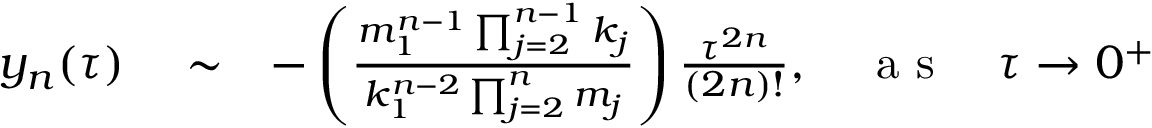
\begin{array} { r l r } { y _ { n } ( \tau ) } & { { } \sim } & { - \left( \frac { m _ { 1 } ^ { n - 1 } \prod _ { j = 2 } ^ { n - 1 } k _ { j } } { k _ { 1 } ^ { n - 2 } \prod _ { j = 2 } ^ { n } m _ { j } } \right) \frac { \tau ^ { 2 n } } { { ( 2 n ) } ! } , \quad \mathrm { ~ a ~ s ~ } \quad \tau \rightarrow 0 ^ { + } } \end{array}